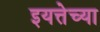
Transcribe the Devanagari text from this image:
इयत्तेच्या